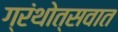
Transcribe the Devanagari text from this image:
ग्रंथोत्सवात